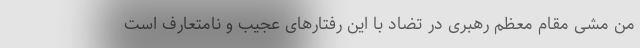
من مشی مقام معظم رهبری در تضاد با این رفتارهای عجیب و نامتعارف است